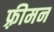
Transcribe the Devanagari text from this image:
फ़्रीमन